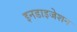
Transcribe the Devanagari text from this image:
इनडाइजेशन